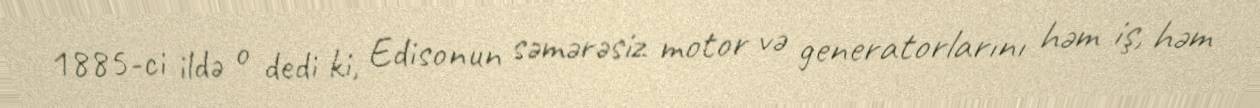
1885-ci ildə o dedi ki, Edisonun səmərəsiz motor və generatorlarını həm iş, həm